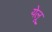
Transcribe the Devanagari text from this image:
येलू